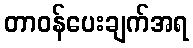
တာဝန်ပေးချက်အရ